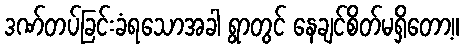
ဒဏ်တပ်ခြင်းခံရသောအခါ ရွာတွင် နေချင်စိတ်မရှိတော့။